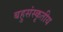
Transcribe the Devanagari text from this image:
बहुसंस्कृतीय